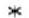
*